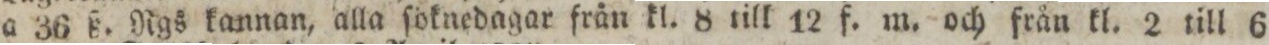
a 36 ß. Rgs kannan, alla ſöknedagar från kl. 8 till 12 f. m. och från kl. 2 till 6